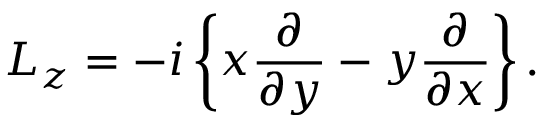
L _ { z } = - i \left\{ x { \frac { \partial } { \partial y } } - y { \frac { \partial } { \partial x } } \right\} .